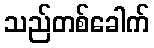
သည်တစ်ခေါက်